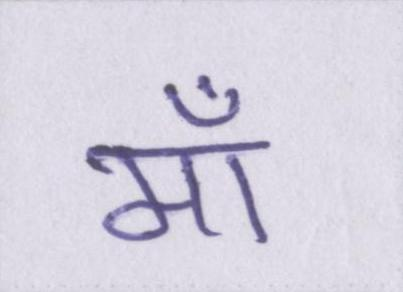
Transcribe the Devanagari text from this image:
माँ